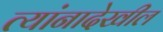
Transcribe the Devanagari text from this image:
त्यांनादेखील